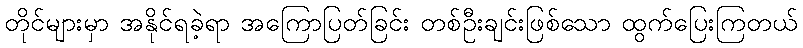
တိုင်များမှာ အနိုင်ရခဲ့ရာ အကြောပြတ်ခြင်း တစ်ဦးချင်းဖြစ်သော ထွက်ပြေးကြတယ်